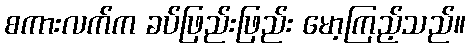
စကားလက်က ခပ်ဖြည်းဖြည်း မော့ကြည့်သည်။